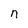
Character: n